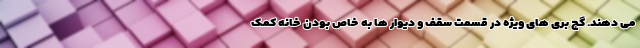
می دهند. گچ بری های ویژه در قسمت سقف و دیوار ها به خاص بودن خانه کمک